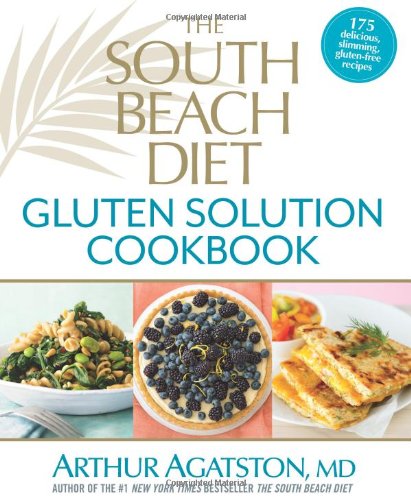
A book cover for The South Beach Diet Gluten Solution Cookbook: 175 Delicious, Slimming, Gluten-Free Recipes; Arthur Agatston; Cookbooks, Food & Wine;